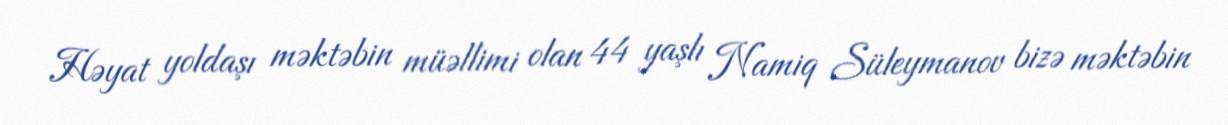
Həyat yoldaşı məktəbin müəllimi olan 44 yaşlı Namiq Süleymanov bizə məktəbin